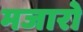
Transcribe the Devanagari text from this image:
मजारो